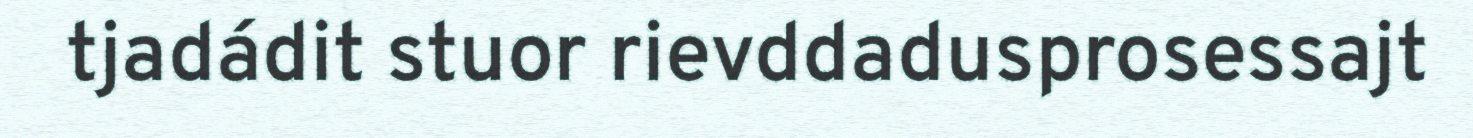
tjadádit stuor rievddadusprosessajt